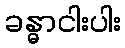
ခန္ဓာငါးပါး